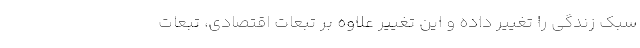
سبک زندگی را تغییر داده و این تغییر علاوه بر تبعات اقتصادی، تبعات